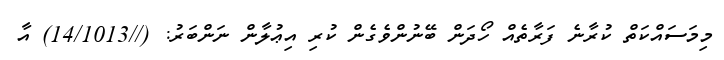
މިމަސައްކަތް ކުރާނެ ފަރާތެއް ހޯދަން ބޭނުންވެގެން ކުރި އިޢުލާން ނަންބަރު: (//14/1013) އާ